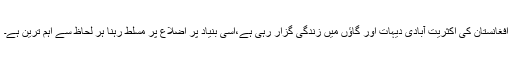
افغانستان کی اکثریت آبادی دیہات اور گاؤں میں زندگی گزار رہی ہے،اسی بنیاد پر اضلاع پر مسلط رہنا ہر لحاظ سے اہم ترین ہے۔